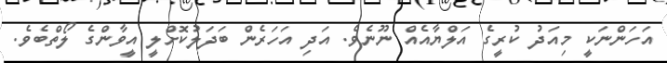
އަހަންނަކީ މިއަދު ކުރީގެ އަލްޔާއެއް ނޫނެވެ. އަދި އަހަރެން ބަދަލުކޮށްލީ އީވާންގެ ލޯތްބެވެ.